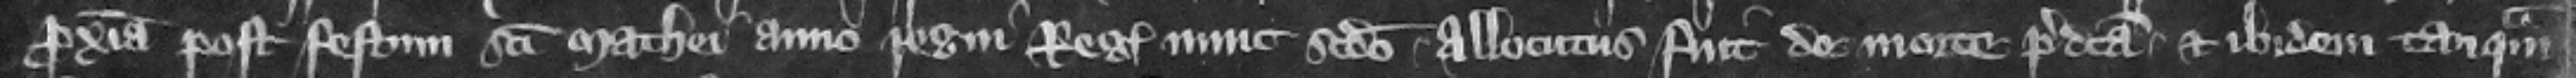
proxima post festum Sancti Mathei anno regni regis nunc secundo allocutus fuit de morte predicta et ibidem tanquam